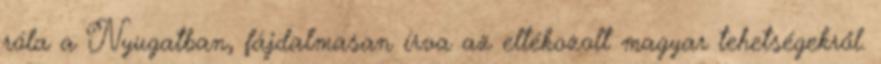
róla a Nyugatban, fájdalmasan írva az eltékozolt magyar tehetségekről.